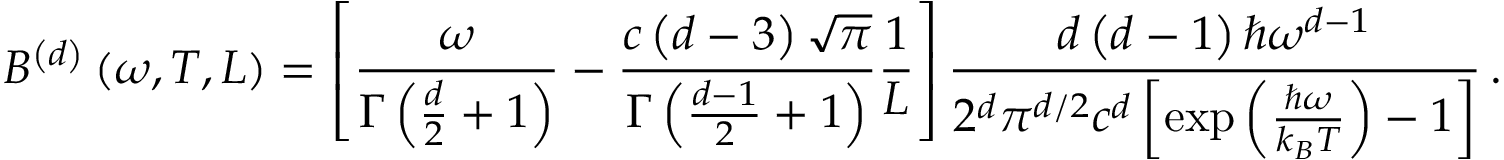
B ^ { \left( d \right) } \left( \omega , T , L \right) = \left[ \frac { \omega } { \Gamma \left( \frac { d } { 2 } + 1 \right) } - \frac { c \left( d - 3 \right) \sqrt { \pi } } { \Gamma \left( \frac { d - 1 } { 2 } + 1 \right) } \frac { 1 } { L } \right] \frac { d \left( d - 1 \right) \hbar \omega ^ { d - 1 } } { 2 ^ { d } \pi ^ { d / 2 } c ^ { d } \left[ \exp \left( \frac { \hbar \omega } { k _ { B } T } \right) - 1 \right] } \, .